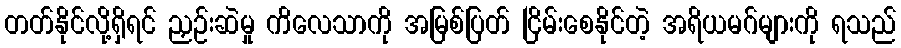
တတ်နိုင်လို့ရှိရင် ညှဉ်းဆဲမှု ကိလေသာကို အမြစ်ပြတ် ငြိမ်းစေနိုင်တဲ့ အရိယမဂ်များကို ရသည်